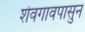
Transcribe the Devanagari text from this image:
शेवगावपासुन